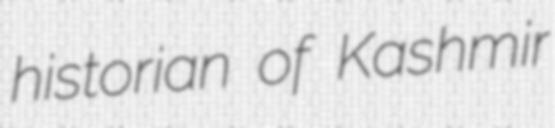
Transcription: historian of Kashmir